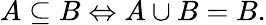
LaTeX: A\subseteq B\Leftrightarrow A\cup B=B.